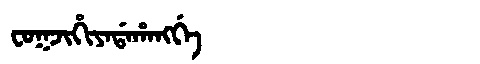
Manchu: ᠸᠣᡴᠵᡳᡥᡳᠶᠠᡩᠠᡥᠠᠩᡤᡝ
Romanization: FOKJIHIYADAHANGGE